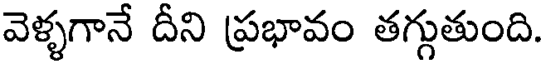
వెళ్ళగానే దీని ప్రభావం తగ్గుతుంది.